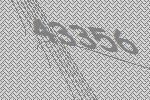
43356